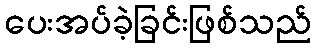
ပေးအပ်ခဲ့ခြင်းဖြစ်သည်